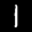
Label: 1